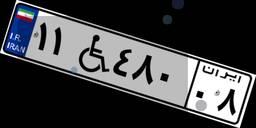
۱۱W۴۸۰۰۸